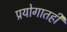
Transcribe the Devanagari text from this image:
प्रयोगातही